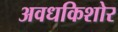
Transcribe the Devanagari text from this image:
अवधकिशोर